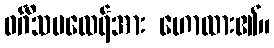
ဝင်္ဂီသမထေရ်အား ဟောထား၏။